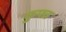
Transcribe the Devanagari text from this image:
कुफ्त